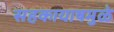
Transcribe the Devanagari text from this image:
सहकायाषमुळे